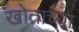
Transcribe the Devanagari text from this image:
खोताच्या